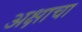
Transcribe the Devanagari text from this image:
अक्षाचा